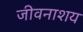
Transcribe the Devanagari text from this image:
जीवनाशय